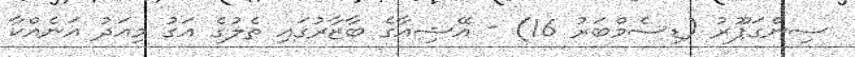
ސިންގަޕޫރު (ޑިސެމްބަރު 16) - އޭޝިއާގެ ބާޒާރުގައި ތެލުގެ އަގު މިއަދު އަނެއްކާ